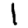
Digit: 1